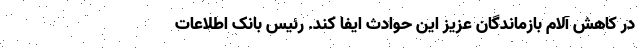
در کاهش آلام بازماندگان عزیز این حوادث ایفا کند. رئیس بانک اطلاعات